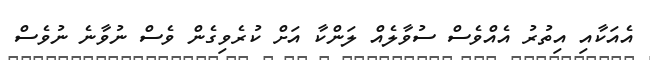
އެއަކާއި އިތުރު އެއްވެސް ސުވާލެއް ލަންކާ އަށް ކުރެވިގެން ވެސް ނުވާނެ ނުވެސް